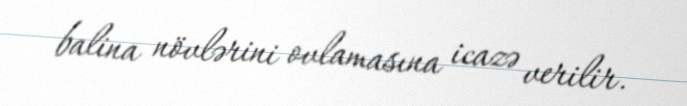
balina növlərini ovlamasına icazə verilir.